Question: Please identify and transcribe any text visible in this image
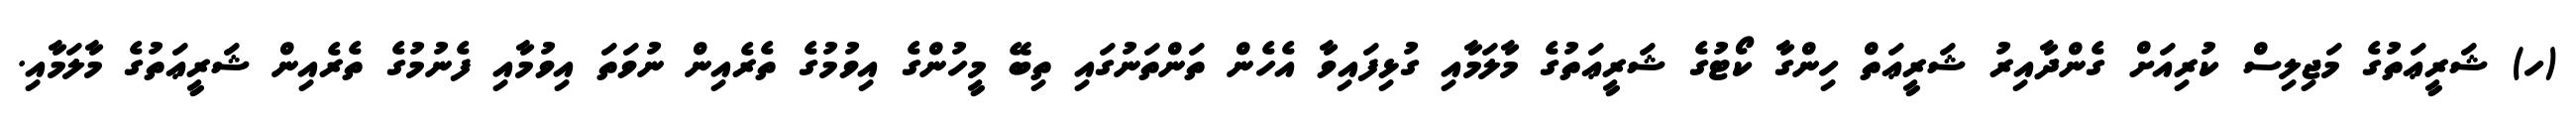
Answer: (ހ) ޝަރީޢަތުގެ މަޖިލިސް ކުރިއަށް ގެންދާއިރު ޝަރީޢަތް ހިންގާ ކޯޓުގެ ޝަރީޢަތުގެ މާލަމާއި ގުޅިފައިވާ އެހެން ތަންތަނުގައި ތިބޭ މީހުންގެ އިވުމުގެ ތެރެއިން ނުވަތަ އިވުމާއި ފެނުމުގެ ތެރެއިން ޝަރީޢަތުގެ މާލަމާއި.